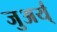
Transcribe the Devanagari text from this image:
जुअर्य्